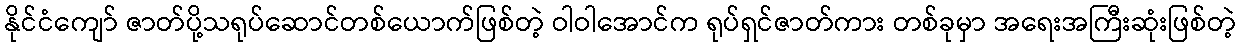
နိုင်ငံကျော် ဇာတ်ပို့သရုပ်ဆောင်တစ်ယောက်ဖြစ်တဲ့ ဝါဝါအောင်က ရုပ်ရှင်ဇာတ်ကား တစ်ခုမှာ အရေးအကြီးဆုံးဖြစ်တဲ့